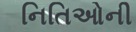
નિતિઓની